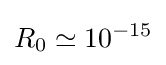
R_{0}\simeq 10^{-15}